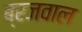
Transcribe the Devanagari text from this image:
ब्रजवाल